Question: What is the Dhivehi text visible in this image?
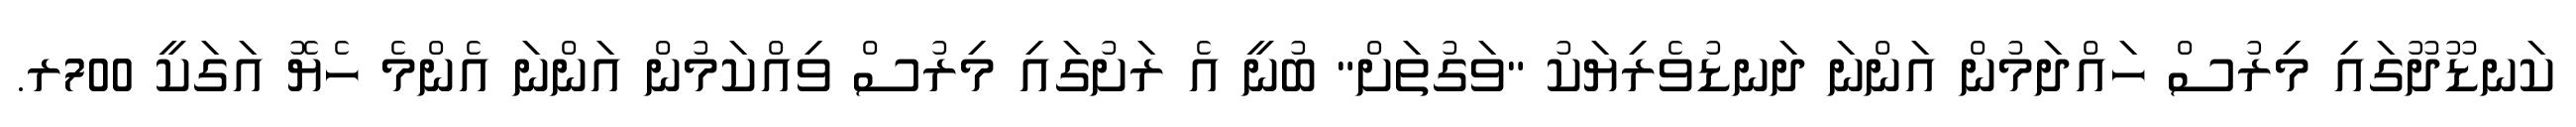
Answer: ކަނޑޫދޫގައި މިރުސް ހައްދަމުން އަންނަ ދަނޑުވެރިޔަކު "ވަގުތަށް" ބުނީ އެ ރަށުގައި މިރުސް ވިއްކަމުން އަންނަ އެންމެ ހެޔޮ އަގަކީ 700ރ.